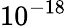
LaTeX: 10^{-18}